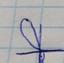
Signature authenticity: forged